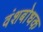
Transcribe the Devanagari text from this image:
वंशबोधक